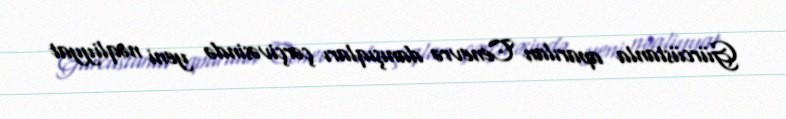
Gürcüstanla aparılan Cenevrə danışıqları çərçivəsində yeni nəqliyyat